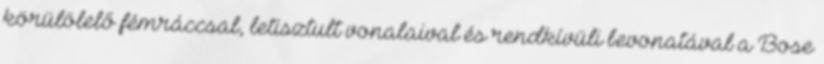
körülölelő fémráccsal, letisztult vonalaival és rendkívüli bevonatával a Bose